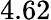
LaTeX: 4.62